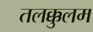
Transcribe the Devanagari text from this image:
तलक्कुलम